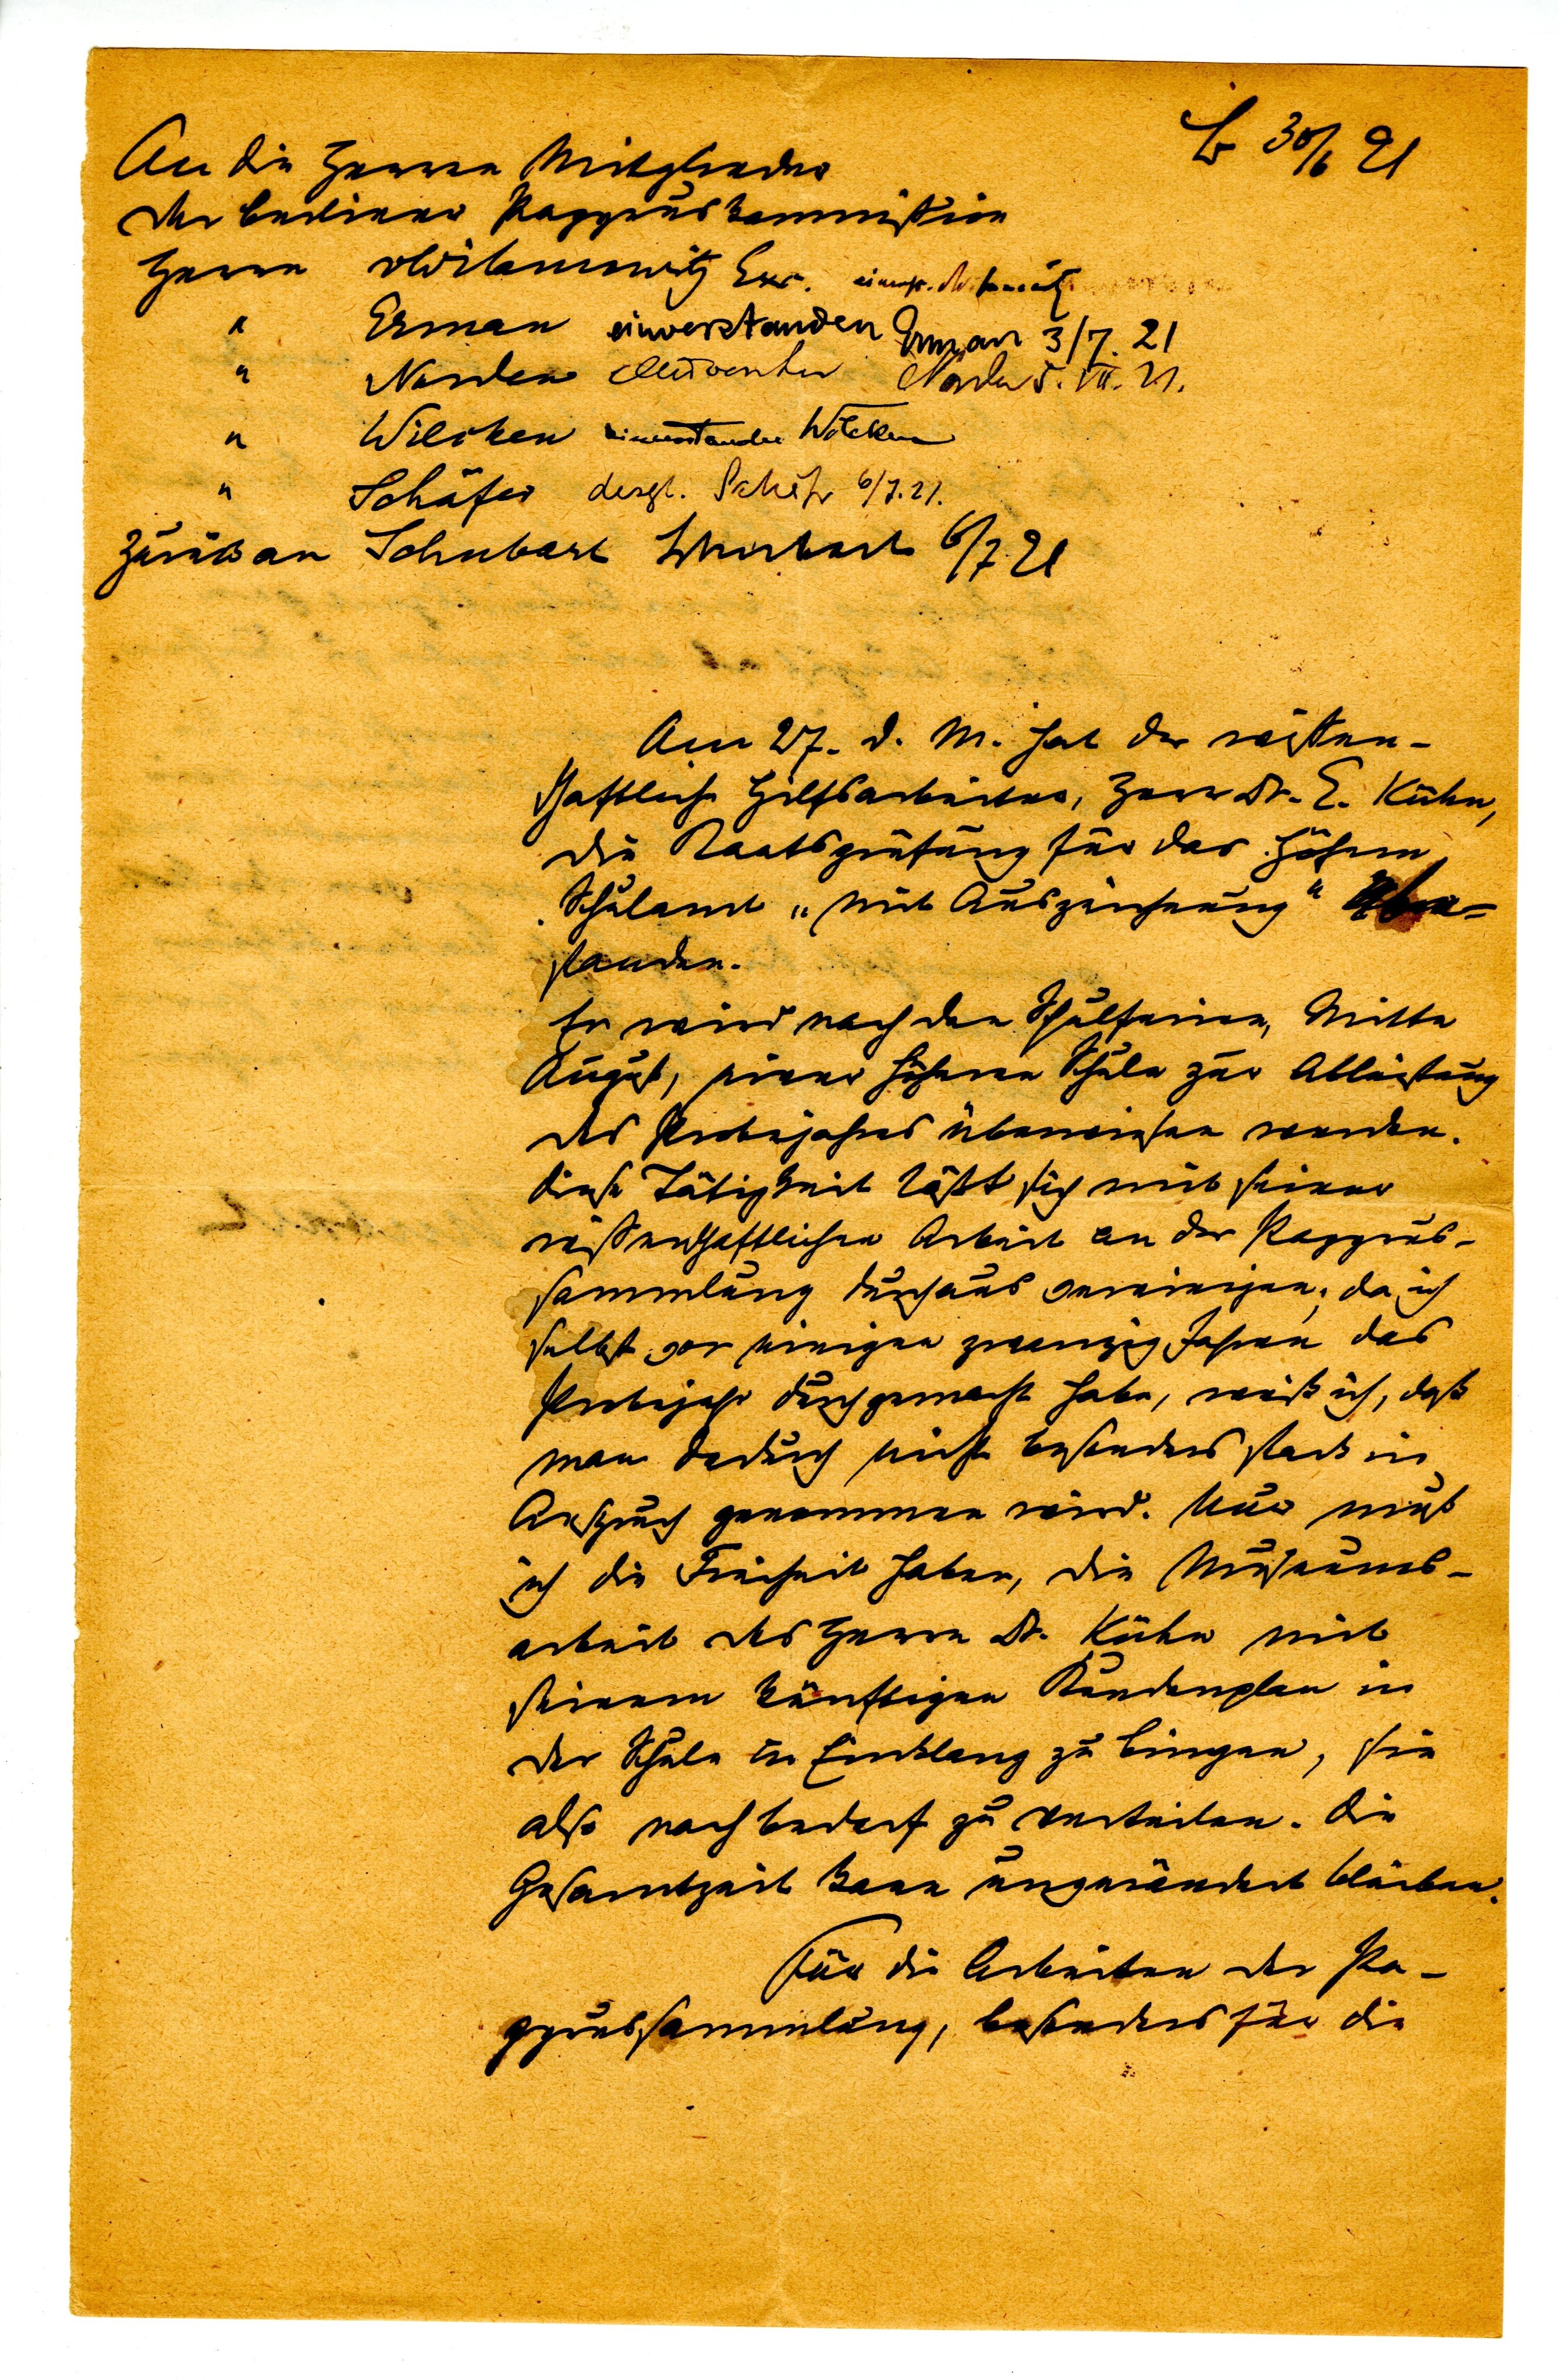
B 30/6 91
An die Herren Mitglieder
der berliner Papyruskommission
Herrn Wilamowitz Exz.
"     Erman
"     Norden
"     Wilken
"     Schäfer
zurück an Schubart
Am 27. d. M. hat der wissen¬
schaftliche Hilfarbeiter, Herr Dr. E. Kühn,
die Staatsprüfung für das höhere
Schulamt "mit Auszeichnung" be¬
standen.
Er wird nach den Schulferien Mitte
August, einer höheren Schule zur Ableistung
des Probejahres überwiesen werden.
diese Tätigkeit läßt sich mit seiner
wissenschaftlichen Arbeit an der Papyrus¬
sammlung durchaus vereinigen; da ich
selbst vor einigen zwanzig Jahren das
Probejahr durchgemacht habe, weiß ich, daß
man dadurch nicht besonders stark in
Anspruch genommen wird. Nur muß
ich die Freiheit haben, die Museums¬
arbeit des Hernn Dr. Kühn mit
seinen künftigen Stundenplan in
der Schule in Einklang zu bringen, sie
also nach Bedarf zu verteilen. Die
Gesamtzeit kann unverändert bleiben.
Für die Arbeiten der Pa¬
pyruskommision, besonders für die